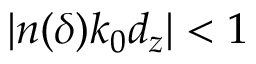
| n ( \delta ) k _ { 0 } d _ { z } | < 1